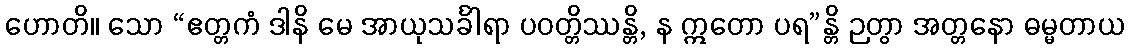
ဟောတိ။ သော “ဧတ္တကံ ဒါနိ မေ အာယုသင်္ခါရာ ပဝတ္တိဿန္တိ, န ဣတော ပရ”န္တိ ဉတွာ အတ္တနော ဓမ္မတာယ